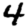
Digit: 4